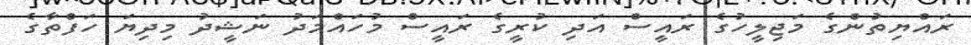
ރައްޔިތުންގެ މަޖިލީހުގެ ރައީސް އަދި ކުރީގެ ރައީސް މުހައްމަދު ނަޝީދު މިދިޔަ ހަފްތާގެ